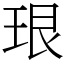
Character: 珢